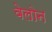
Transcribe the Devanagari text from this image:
वेलोन